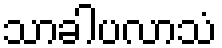
သာခါပလာသံ